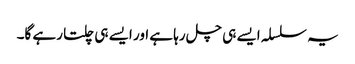
یہ سلسلہ ایسے ہی چل رہا ہے اور ایسے ہی چلتا رہے گا۔